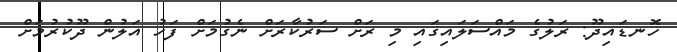
ހޮނޑައިދޫ: ރަލުގެ މައްސަލައިގައި މި ރަށް ސަރުކާރަށް ނެގުމަށް ފަހު އަލުން ދޫކުރުމަށް